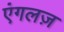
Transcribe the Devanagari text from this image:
एंगलज़